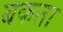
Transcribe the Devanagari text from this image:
बकता